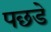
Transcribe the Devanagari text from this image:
पछडे